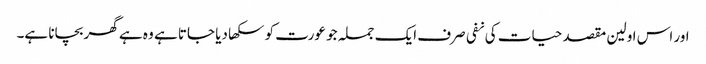
اور اس اولین مقصد حیات کی نفی صرف ایک جملہ جو عورت کو سکھا دیا جاتا ہے وہ ہے گھر بچانا ہے۔